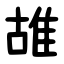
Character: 䧸